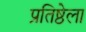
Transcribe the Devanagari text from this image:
प्रतिष्ठेला